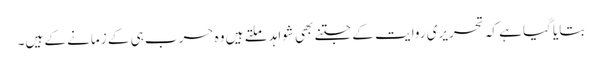
بتایا گیا ہے کہ تحریری روایت کے جتنے بھی شواہد ملتے ہیں وہ حرب ہی کے زمانے کے ہیں۔